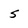
Character: 5